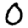
Digit: 0